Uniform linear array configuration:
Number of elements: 24
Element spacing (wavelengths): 0.75
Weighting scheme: binomial
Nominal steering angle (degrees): -45
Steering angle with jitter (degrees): -45.963
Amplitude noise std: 0.05
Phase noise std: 0.05

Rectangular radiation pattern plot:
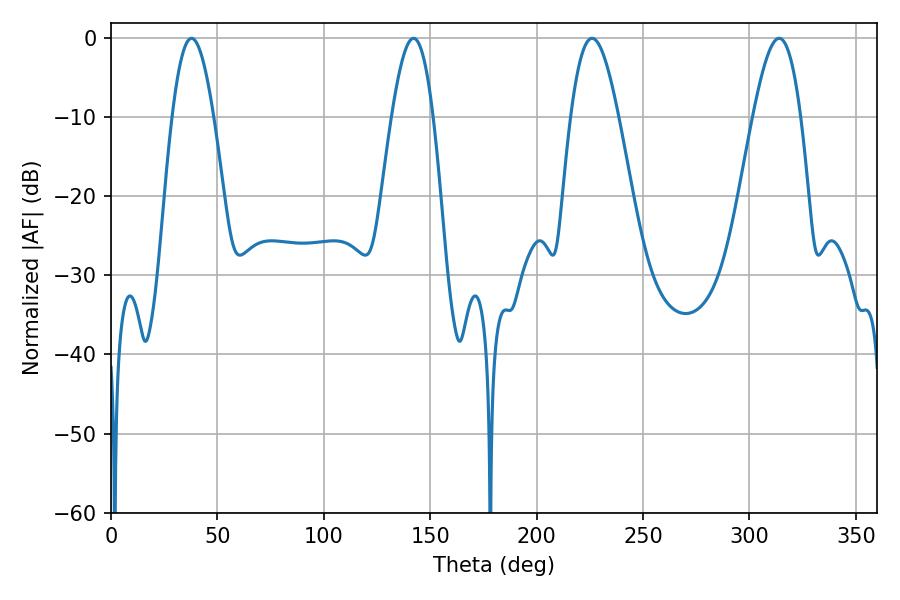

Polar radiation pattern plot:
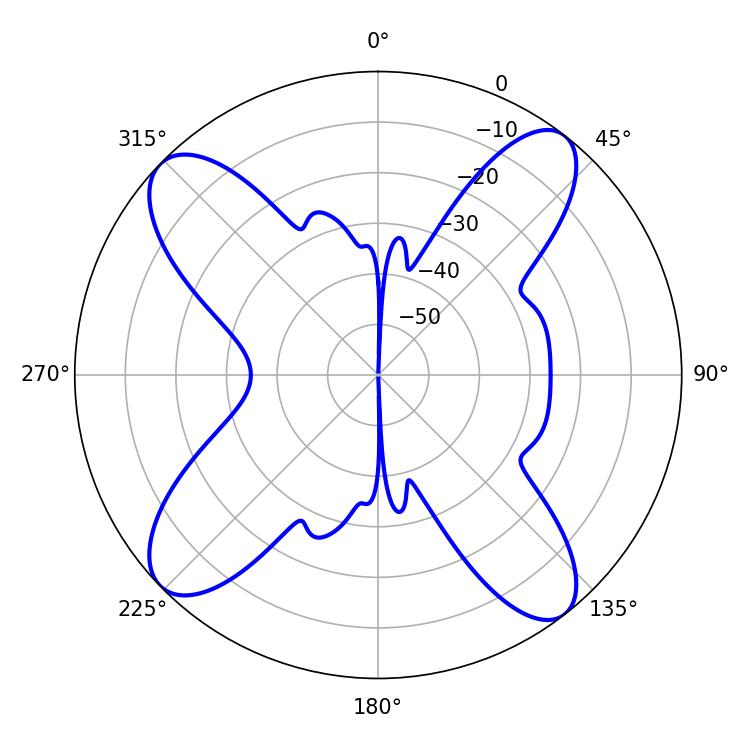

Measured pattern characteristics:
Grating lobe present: TRUE
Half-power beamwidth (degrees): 12.06
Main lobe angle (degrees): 226.08